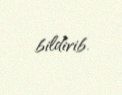
bildirib.